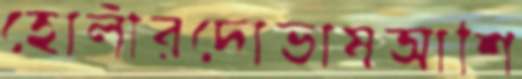
হোলীরদোভাষআশি